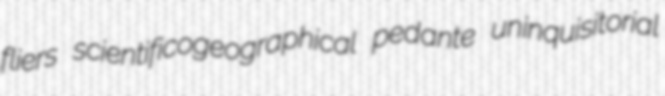
fliers scientificogeographical pedante uninquisitorial